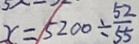
x = 5 2 0 0 \div \frac { 5 2 } { 5 5 }